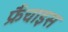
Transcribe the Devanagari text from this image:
फ्रैंचाइस